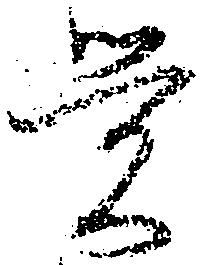
覚